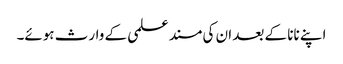
اپنے نانا کے بعد ان کی مسند علمی کے وارث ہوئے۔